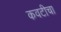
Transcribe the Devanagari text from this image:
कवटीचा